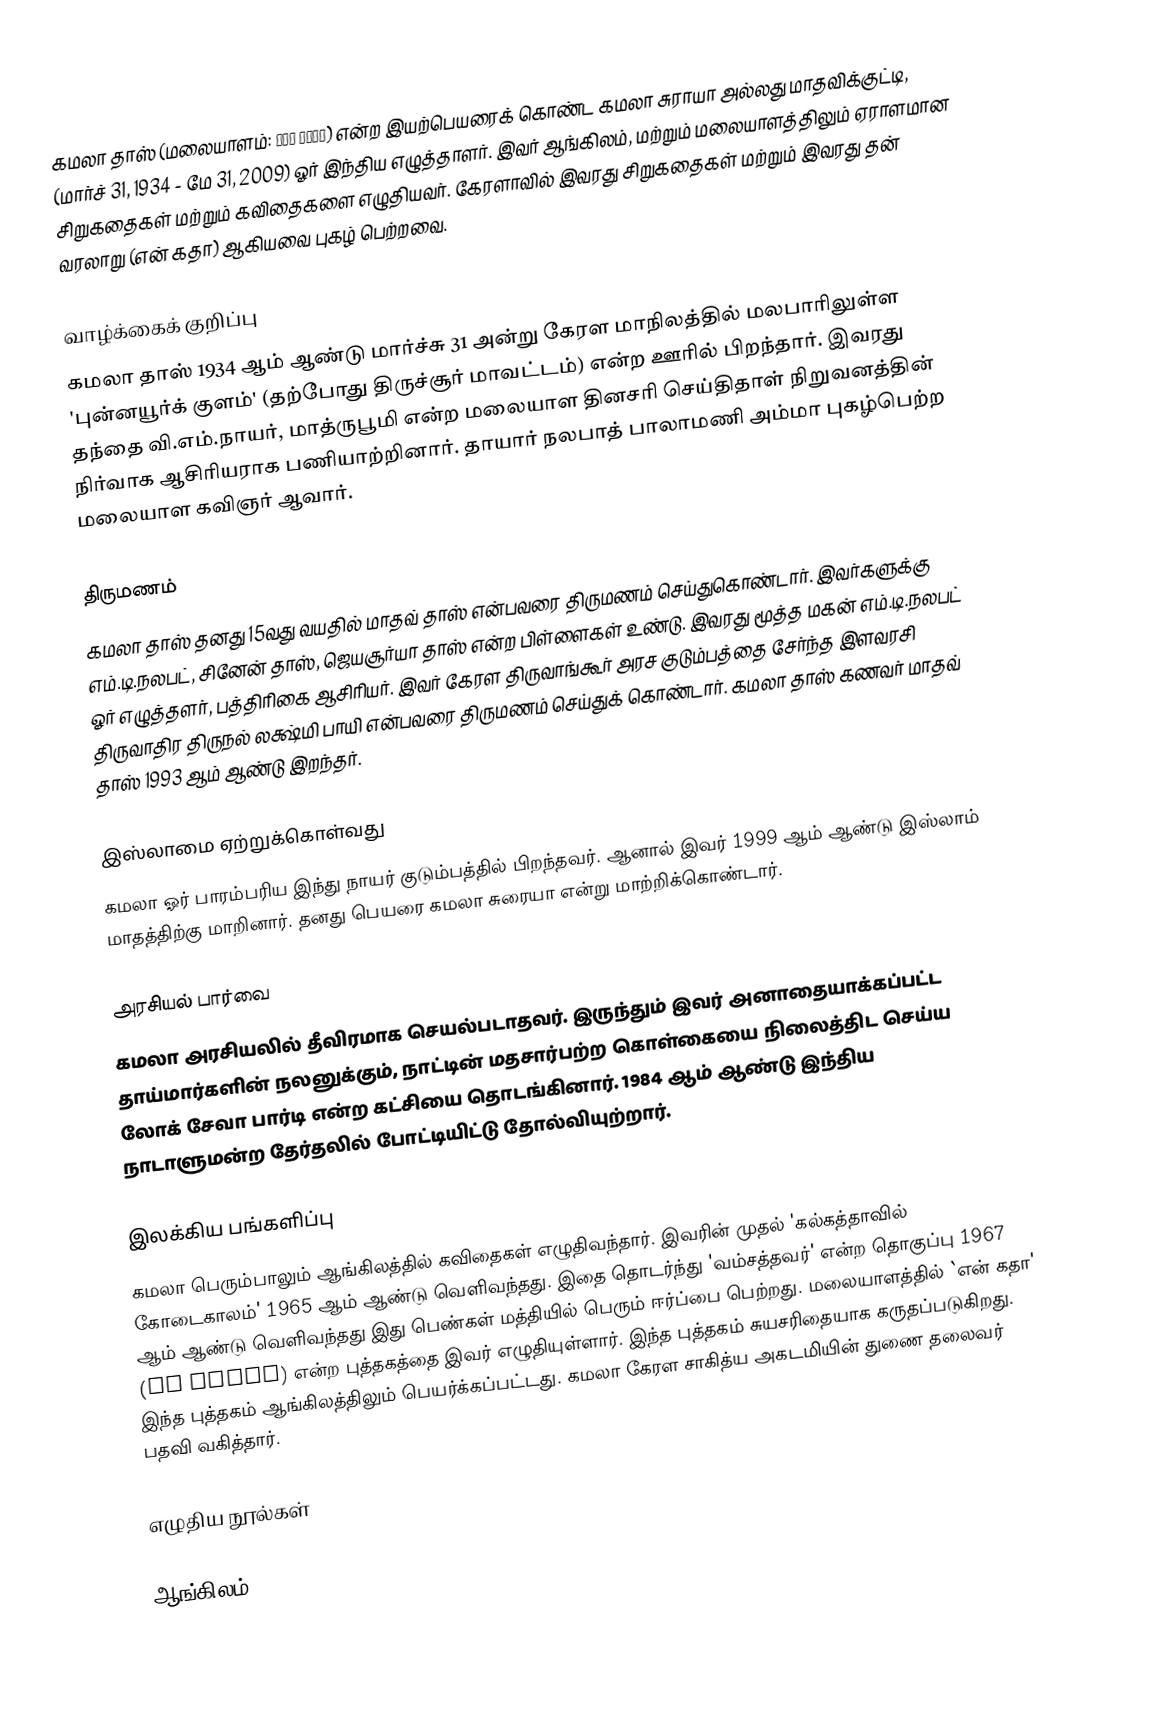
கமலா தாஸ் (மலையாளம்: കമല ദാസ്) என்ற இயற்பெயரைக் கொண்ட கமலா சுராயா அல்லது மாதவிக்குட்டி, (மார்ச் 31, 1934 - மே 31, 2009) ஓர் இந்திய எழுத்தாளர். இவர் ஆங்கிலம், மற்றும் மலையாளத்திலும் ஏராளமான சிறுகதைகள் மற்றும் கவிதைகளை எழுதியவர். கேரளாவில் இவரது சிறுகதைகள் மற்றும் இவரது தன் வரலாறு (என் கதா) ஆகியவை புகழ் பெற்றவை.

வாழ்க்கைக் குறிப்பு
கமலா தாஸ் 1934 ஆம் ஆண்டு மார்ச்சு 31 அன்று கேரள மாநிலத்தில் மலபாரிலுள்ள 'புன்னயூர்க் குளம்' (தற்போது திருச்சூர் மாவட்டம்) என்ற ஊரில் பிறந்தார். இவரது தந்தை வி.எம்.நாயர், மாத்ருபூமி என்ற மலையாள தினசரி செய்திதாள் நிறுவனத்தின் நிர்வாக ஆசிரியராக பணியாற்றினார். தாயார் நலபாத் பாலாமணி அம்மா புகழ்பெற்ற மலையாள கவிஞர் ஆவார்.

திருமணம்
கமலா தாஸ் தனது 15வது வயதில் மாதவ் தாஸ் என்பவரை திருமணம் செய்துகொண்டார். இவர்களுக்கு எம்.டி.நலபட், சினேன் தாஸ், ஜெயசூர்யா தாஸ் என்ற பிள்ளைகள் உண்டு. இவரது மூத்த மகன் எம்.டி.நலபட் ஓர் எழுத்தளர், பத்திரிகை ஆசிரியர். இவர் கேரள திருவாங்கூர் அரச குடும்பத்தை சேர்ந்த இளவரசி திருவாதிர திருநல் லக்ஷ்மி பாயி என்பவரை திருமணம் செய்துக் கொண்டார். கமலா தாஸ் கணவர் மாதவ் தாஸ் 1993 ஆம் ஆண்டு  இறந்தர்.

இஸ்லாமை ஏற்றுக்கொள்வது
கமலா ஓர் பாரம்பரிய இந்து நாயர் குடும்பத்தில் பிறந்தவர். ஆனால் இவர் 1999 ஆம் ஆண்டு இஸ்லாம் மாதத்திற்கு மாறினார். தனது பெயரை கமலா சுரையா என்று மாற்றிக்கொண்டார்.

அரசியல் பார்வை
கமலா அரசியலில் தீவிரமாக செயல்படாதவர். இருந்தும் இவர் அனாதையாக்கப்பட்ட தாய்மார்களின் நலனுக்கும், நாட்டின் மதசார்பற்ற கொள்கையை நிலைத்திட செய்ய லோக் சேவா பார்டி என்ற கட்சியை தொடங்கினார். 1984 ஆம் ஆண்டு இந்திய நாடாளுமன்ற தேர்தலில் போட்டியிட்டு தோல்வியுற்றார்.

இலக்கிய பங்களிப்பு
கமலா பெரும்பாலும் ஆங்கிலத்தில் கவிதைகள் எழுதிவந்தார். இவரின் முதல் 'கல்கத்தாவில் கோடைகாலம்' 1965 ஆம் ஆண்டு வெளிவந்தது. இதை தொடர்ந்து 'வம்சத்தவர்' என்ற தொகுப்பு 1967 ஆம் ஆண்டு வெளிவந்தது இது பெண்கள் மத்தியில் பெரும் ஈர்ப்பை பெற்றது.  மலையாளத்தில் `என் கதா' (My Story) என்ற புத்தகத்தை இவர் எழுதியுள்ளார். இந்த புத்தகம் சுயசரிதையாக கருதப்படுகிறது. இந்த புத்தகம் ஆங்கிலத்திலும் பெயர்க்கப்பட்டது. கமலா கேரள சாகித்ய அகடமியின் துணை தலைவர் பதவி வகித்தார்.

எழுதிய நூல்கள்

ஆங்கிலம்